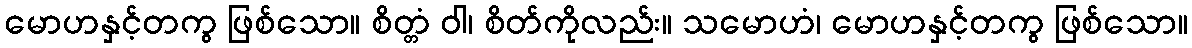
မောဟနှင့်တကွ ဖြစ်သော။ စိတ္တံ ဝါ၊ စိတ်ကိုလည်း။ သမောဟံ၊ မောဟနှင့်တကွ ဖြစ်သော။